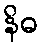
နိဓ